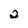
Character: 2